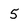
Character: 5